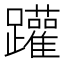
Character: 䠰